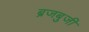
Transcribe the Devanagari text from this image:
ब्रजबुजी